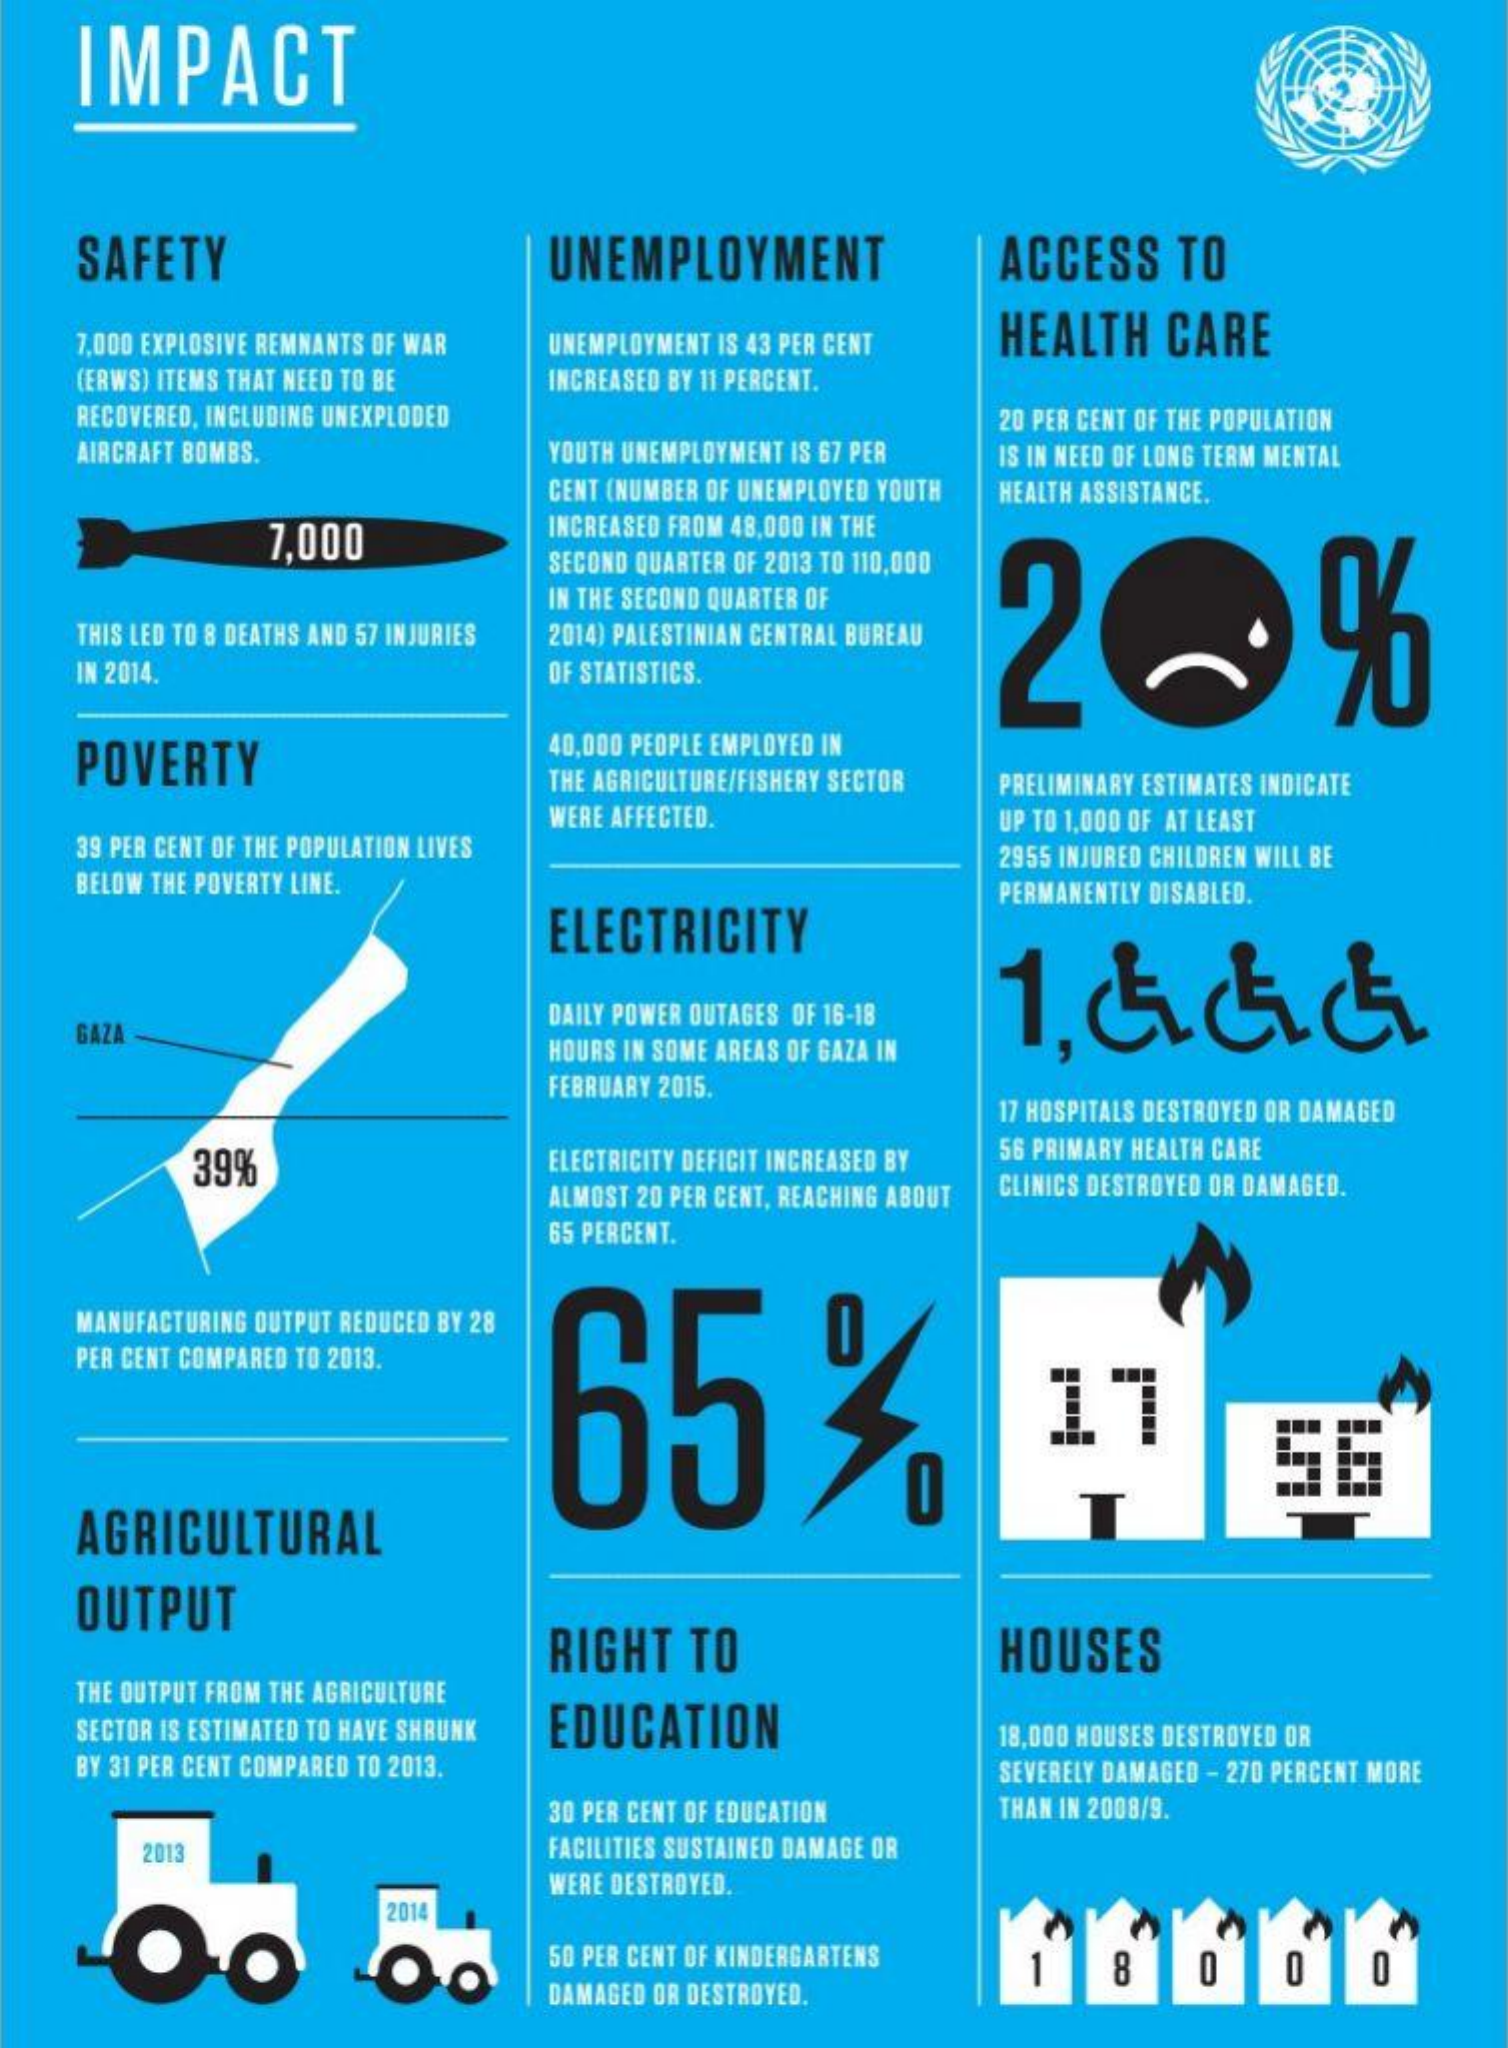
IMPACT
    SAFETY    UNEMPLOYMENT    ACCESS   TO
    7,000 EXPLOSIVE REMNANTS OF WAR UNEMPLOYMENT IS 43 PER CENT HEALTH CARE
    (ERWS) ITEMS THAT NEED TO BE INCREASED BY 11 PERCENT.
    RECOVERED, INCLUDING UNEXPLODED
     YOUTH UNEMPLOYMENT IS 67 PER
     20 PER CENT OF THE POPULATION
    AIRCRAFT BOMBS.    IS IN NEED OF LONG TERM MENTAL
     CENT (NUMBER OF UNEMPLOYED YOUTH HEALTH ASSISTANCE.
     7,000    INCREASED FROM 48,000 IN THE
     SECOND QUARTER OF 2013 TO 110,000
     20%
     IN THE SECOND QUARTER OF
    THIS LED TO 8 DEATHS AND 57 INJURIES 2014) PALESTINIAN CENTRAL BUREAU
    IN 2014.    OF STATISTICS.
    POVERTY
     40,000 PEOPLE EMPLOYED IN
     THE AGRICULTURE/FISHERY SECTOR PRELIMINARY ESTIMATES INDICATE
    39 PER CENT OF THE POPULATION LIVES
     WERE AFFECTED.    UP TO 1,000 OF AT LEAST
    BELOW THE POVERTY LINE.
     2955 INJURED CHILDREN WILL BE
     ELECTRICITY
     PERMANENTLY DISABLED.
    GAZA-
     DAILY POWER OUTAGES OF 16-18
     HOURS IN SOME AREAS OF GAZA IN
     FEBRUARY 2015.
     17 HOSPITALS DESTROYED OR DAMAGED
     39%    ELECTRICITY DEFICIT INCREASED BY 56 PRIMARY HEALTH CARE
     ALMOST 20 PER CENT, REACHING ABOUT CLINICS DESTROYED OR DAMAGED.
     65 PERCENT.
    MANUFACTURING OUTPUT REDUCED BY 28
     65%%
    PER CENT COMPARED TO 2013.
     17
     56
    AGRICULTURAL
    OUTPUT
     RIGHT  TO    HOUSES
    THE OUTPUT FROM THE AGRICULTURE
    SECTOR IS ESTIMATED TO HAVE SHRUNK EDUCATION
    BY 31 PER CENT COMPARED TO 2013.
     18,000 HOUSES DESTROYED OR
     SEVERELY DAMAGED - 270 PERCENT MORE
     30 PER CENT OF EDUCATION THAN IN 2008/9.
     2013    FACILITIES SUSTAINED DAMAGE OR
     WERE DESTROYED.
     Oo
     2014
     Oo
     50 PER CENT OF KINDERGARTENS -
     0
     DAMAGED OR DESTROYED.
     8    0    0